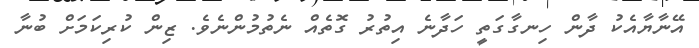
އޭނާޔާއެކު ދާން ހިނގާގަތީ ހަދާނެ އިތުރު ގޮތެއް ނެތުމުންނެވެ. ޒިން ކުރިކަމަށް ބުނާ